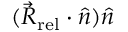
( { \vec { R } _ { \mathrm { r e l } } } \cdot { \hat { n } } ) { \hat { n } }